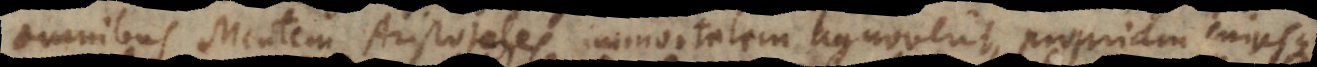
omnibus Mentem Aristoteles immortalem agnoverit, propriam cujusque